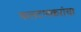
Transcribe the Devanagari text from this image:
फलटणकरांचा